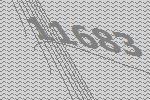
11683